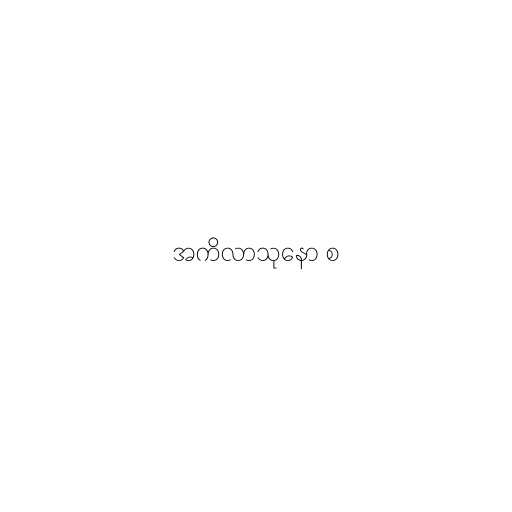
အကိလာသုနော စ